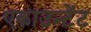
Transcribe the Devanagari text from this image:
एकाउन्टेंट